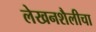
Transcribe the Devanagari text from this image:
लेखनशैलीचा